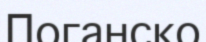
Поганско